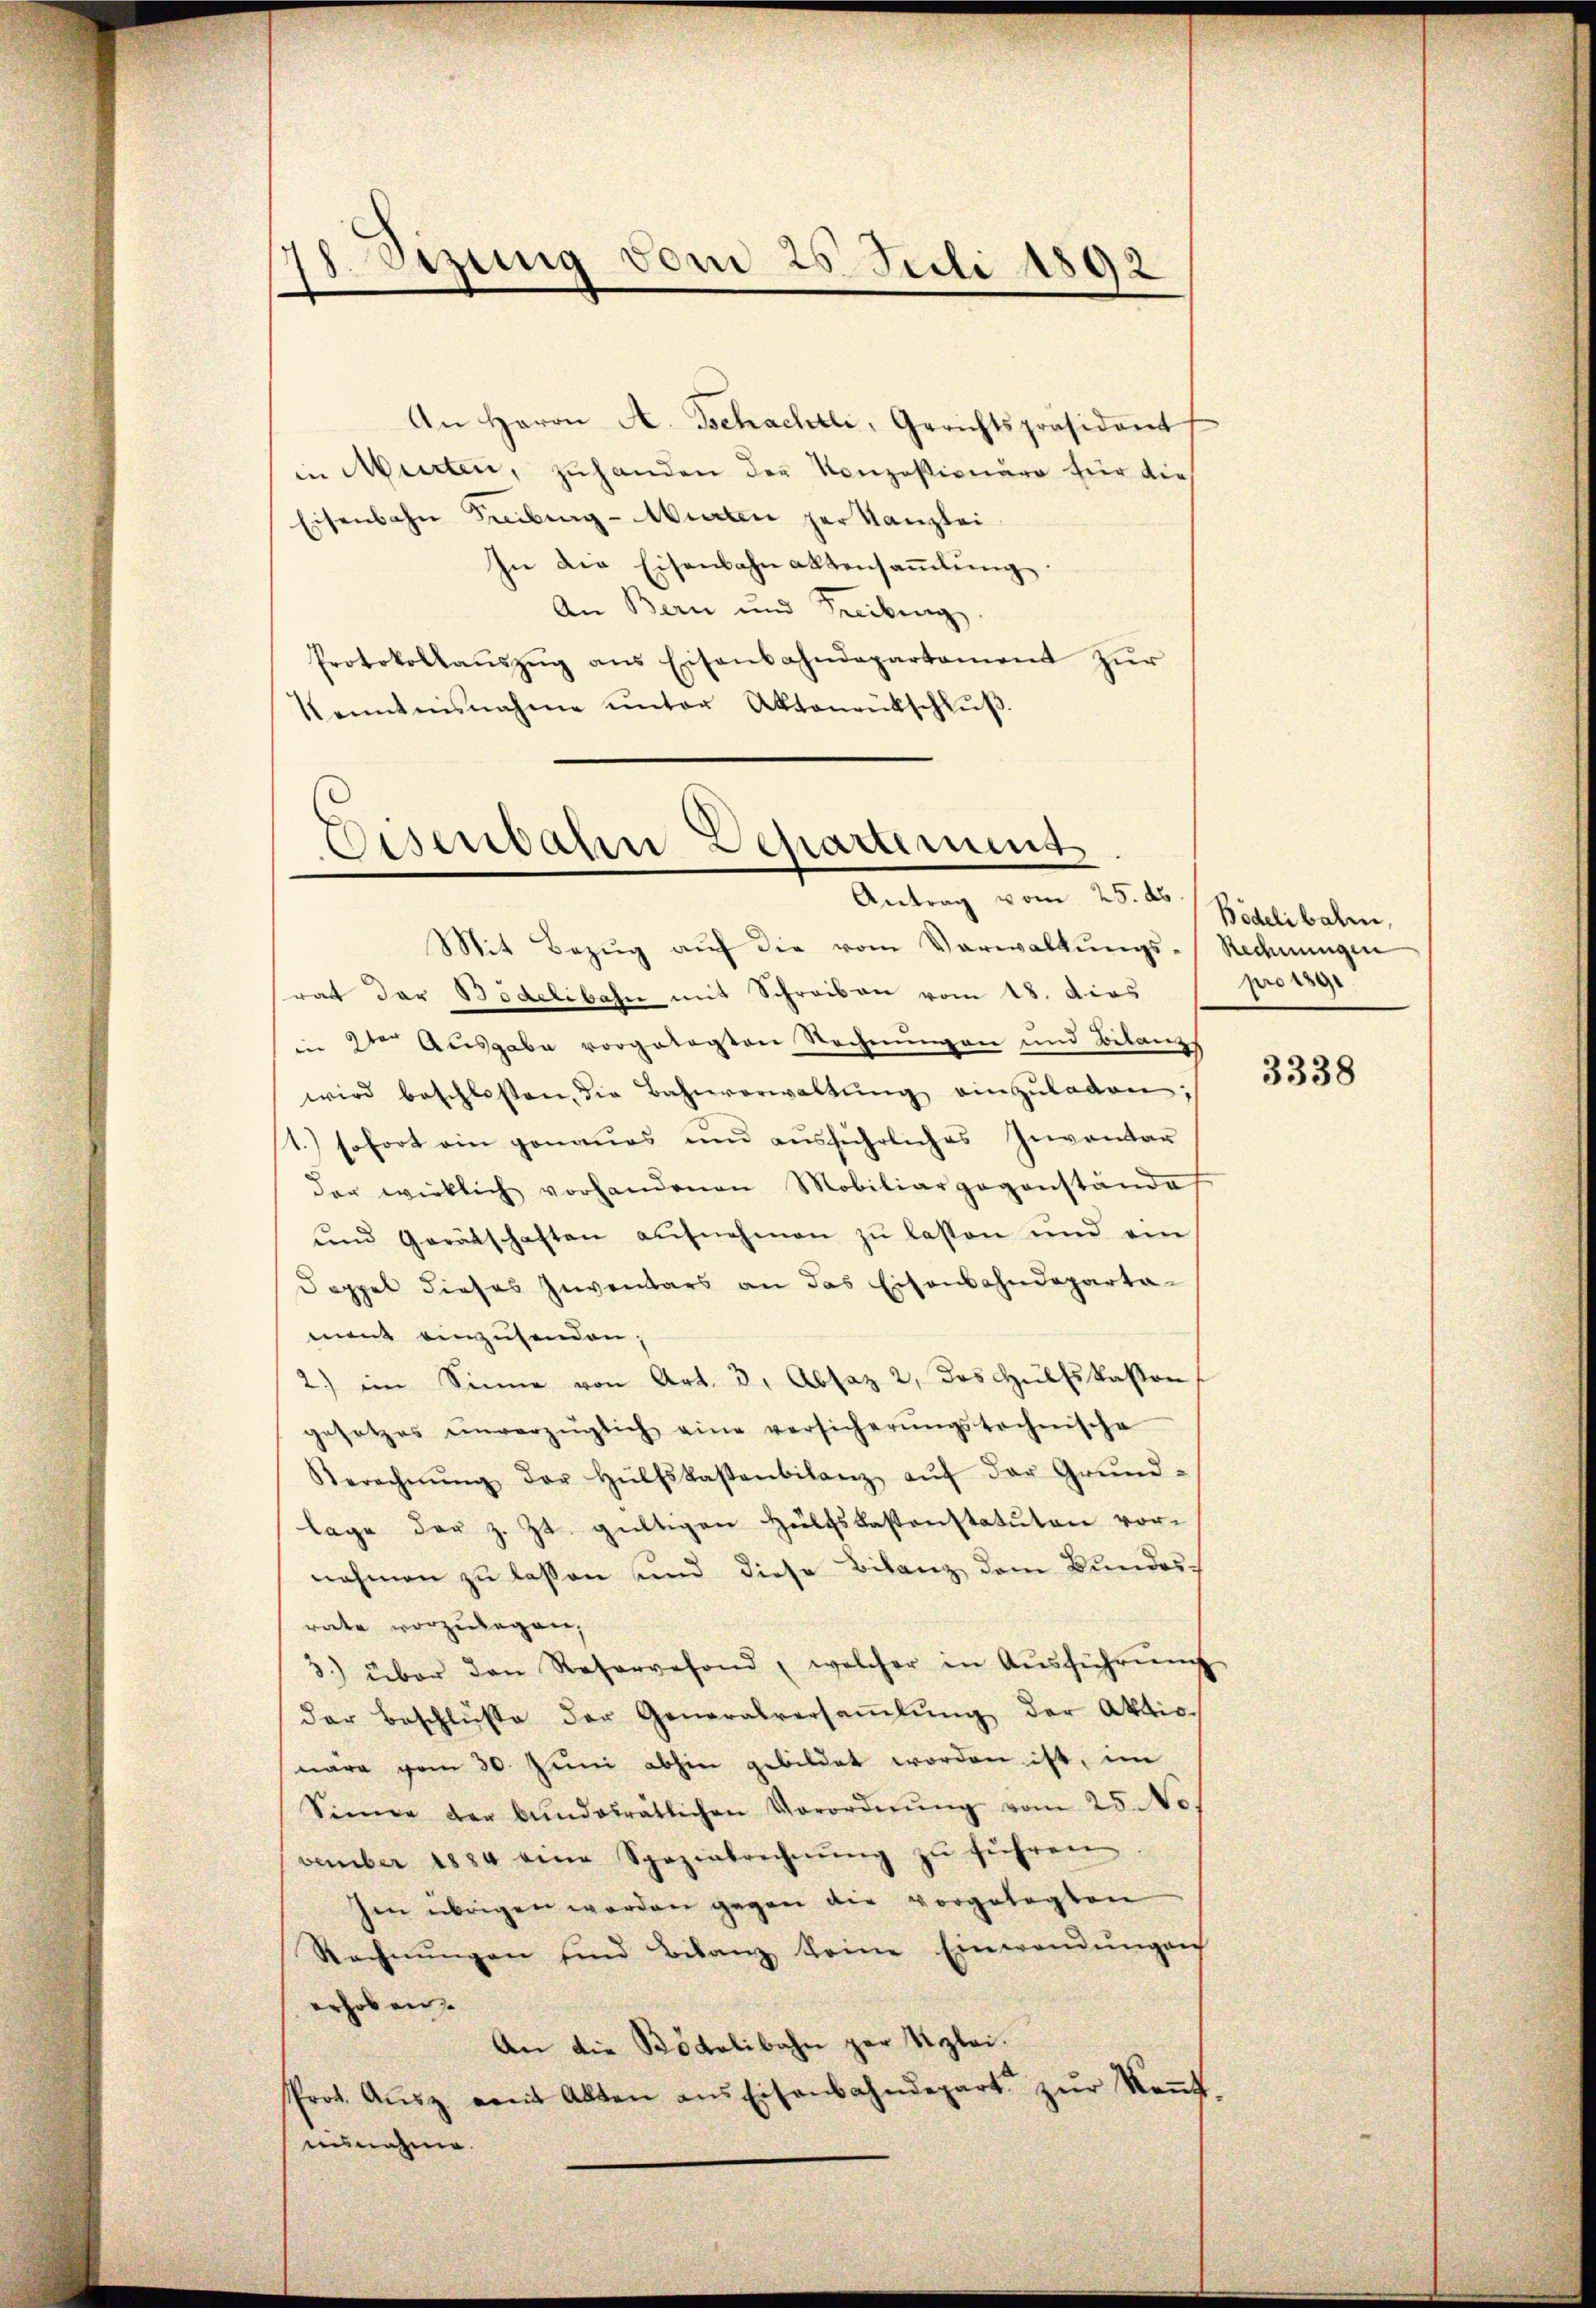
Sizung vom 25. Juli 1892

in Murten, zuhanden der Konzessionäre für dies
Eisenbahn Freiburg - Mieten der Kanzlei
In die Eisenbahnaktensaṁlŭng
An Bern und Freibung
Protokollaŭszŭg ans Eisenbahndepartament zŭr
Kenntnisnahme ŭnter Aktoneütschlŭβ

An Herrn A. Schachel, Gerichtspräsident

Eisenbahn Departement
Antrag vom 25. ds.

Mit Bezŭg aŭf die vom Verwaltŭngs-Rechnŭngen
rat der Bödelibahn mit Schreiben vom 18. dies
in 2te Ausgabe vorgelegten Rechnungen und Belanz
wird beschlossen, die Bahnverwaltŭng einzŭlagen:
1) sofort ein genaues und ausführliches Inventar
der wirklich vorhandenen Mobiliargegenstände
ŭnd Gerätschaften aufnehmen zŭ lassen und ein
Doppel dieses Inventars an das Eisenbahndeparta-
ment einzusenden;
2) im Sinne von Art. 3, Absaz 2, das Hülfskasson
gesetzes einverzüglich eine versicherŭngstochnische
Berechnŭng der Hülfskastenbilanz aŭf der Grŭnd-
lage der z. Zt. gültigen Hülfskastenstatuten vor-
nehmen zu laßen und diese Bilanz dem Bundesrate vorzulegen,
3.) über den Reservefond, welcher in Aŭsführŭng
der Beschlüße der Generalversaṁlŭng der Aktionare von 30. Juni abhin gebildet worden ist, im
Sience der bundesrätlichen Verordnŭng vom 25. No.
vember 1884 eine Spezialrechnŭng zu führen
hen übrigen worden gegen die vorgelegten
Rechnŭngen sind Bilanz keine Einwendŭngen
erhoben
An die Bödelibahn zur Sizlei.
Prot. Aŭsz mit Alten ans Eisenbahndepart zŭr Keṅt.
nisnahme.

Bödelibalm,
pro 1891

3338